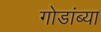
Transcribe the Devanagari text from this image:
गोडांब्या